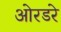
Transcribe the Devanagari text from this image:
ओरडरे